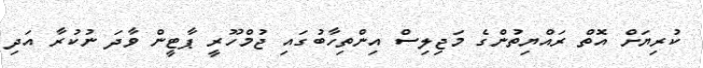
ކުރިޔަށް އޮތް ރައްޔިތުންގެ މަޖިލިސް އިންތިހާބުގައި ޖުމްހޫރީ ޕާޓީން ވާދަ ނުކުރާ އަދި